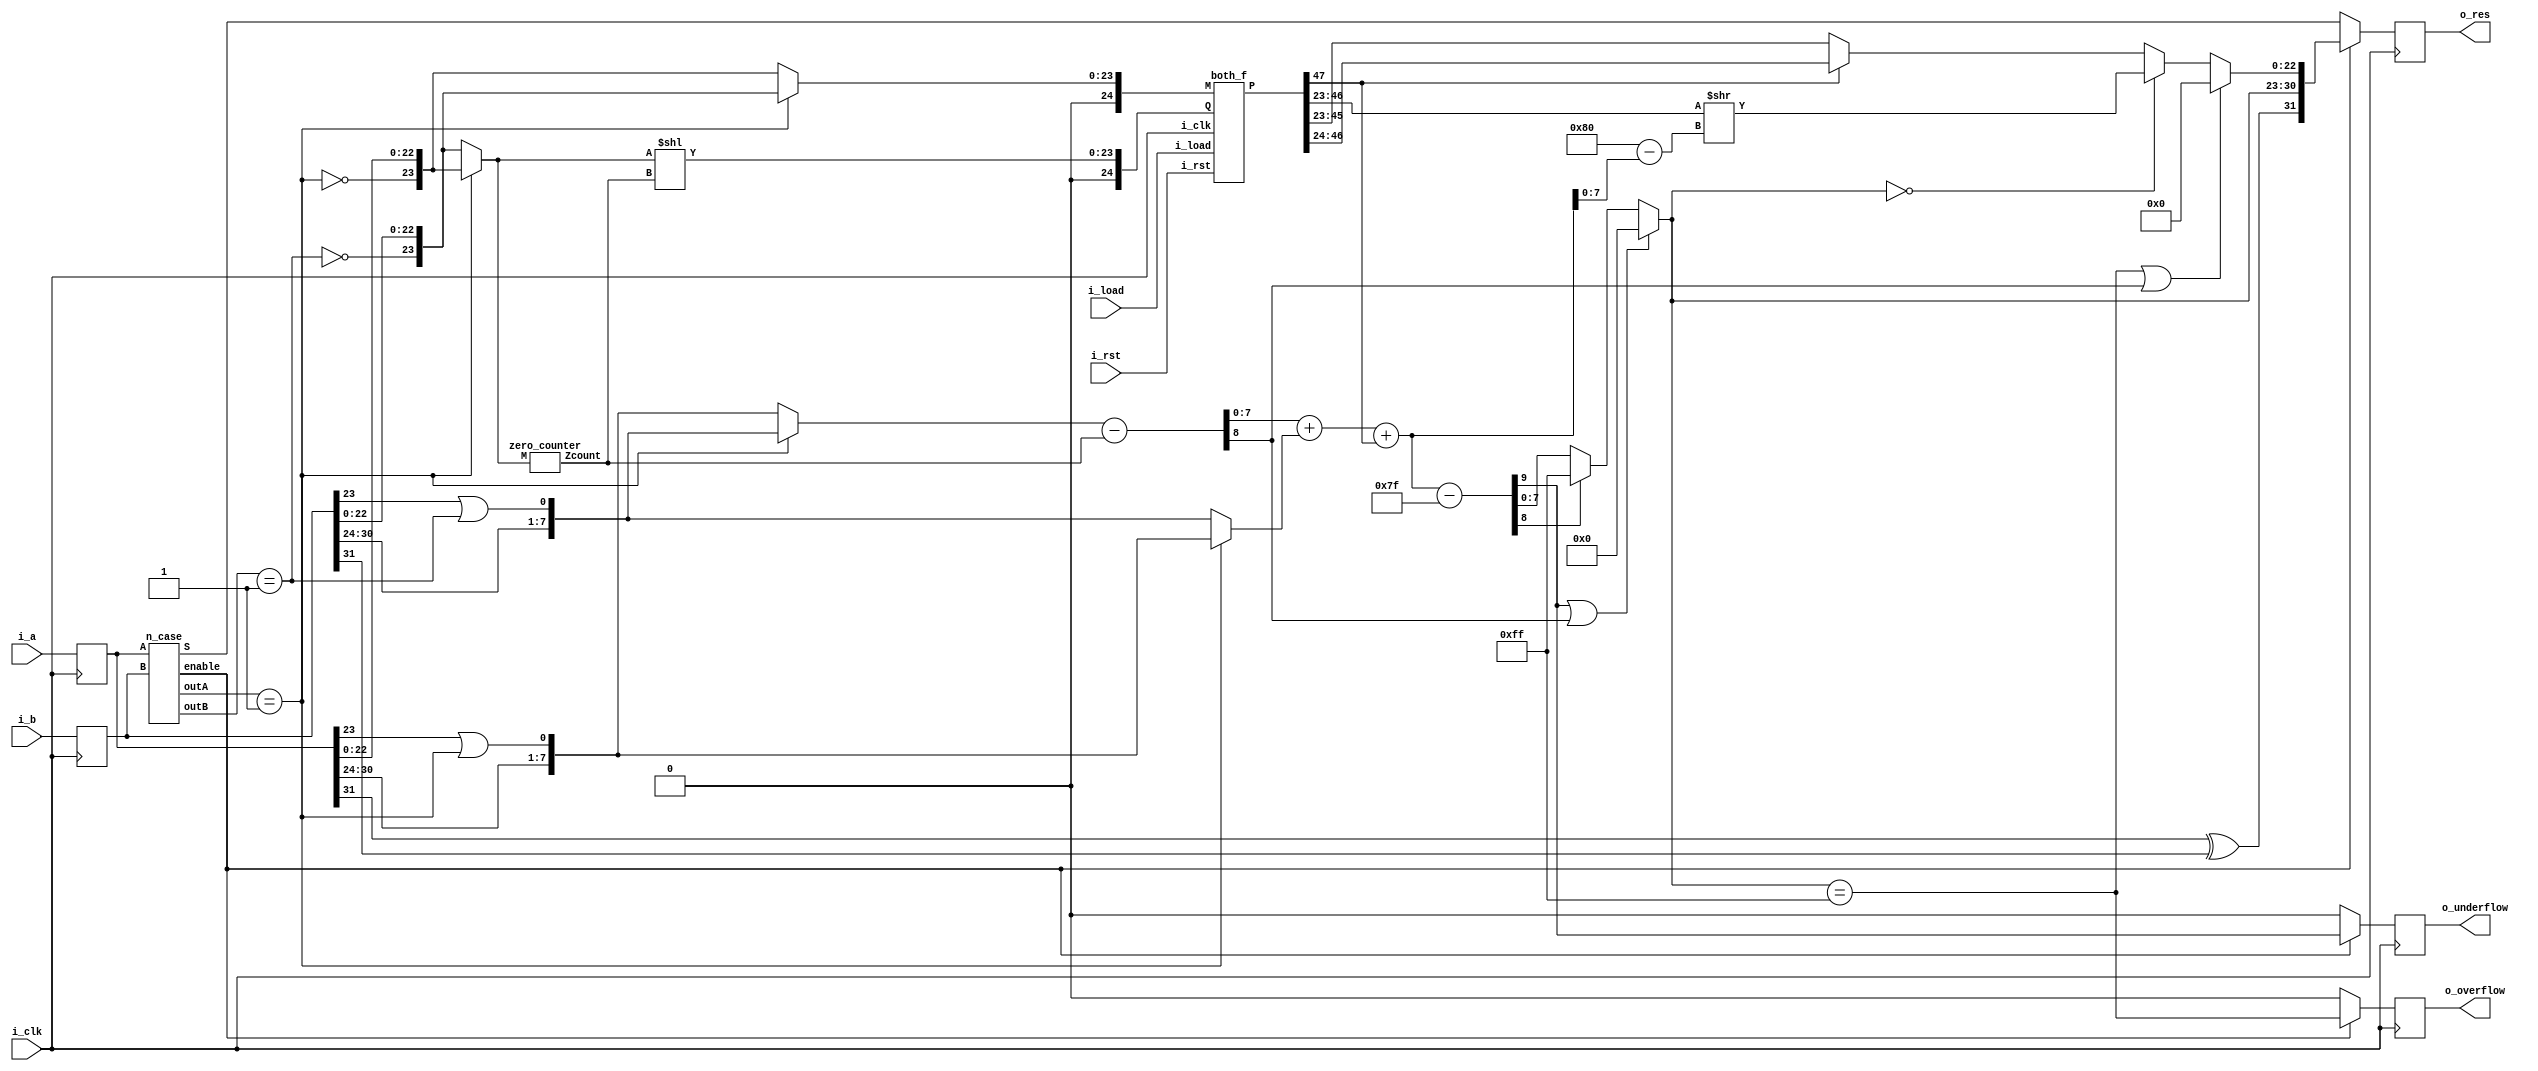
module floating (
    input i_clk,
    input i_rst,
    input i_load,
    input [31:0] i_a,
    input [31:0] i_b,
    output reg [31:0] o_res,
    output reg o_overflow,
    output reg o_underflow
);
  reg [31:0] a, b;
  wire Sa, Sb;
  assign Sa = a[31];  // sign of a
  assign Sb = b[31];  // sign of b

  wire [31:0] res, float_res, special_res;
  wire [2:0] outA, outB;
  wire enable;  // select res from ncase block or from multiplier

  n_case ncase (
      .A(a),
      .B(b),
      .S(special_res),
      .outA(outA),
      .outB(outB),
      .enable(enable)
  );

  wire [31:0] inA, inB;  // inputs with implicit bit and no sign bit, (32 - 1 + 1 = 32) bits
  wire aSubn, bSubn;  // whether each number is subnormal
  assign aSubn = (outA == 3'b001);
  assign bSubn = (outB == 3'b001);

  // add implicit bit and add 1 to the exponent of subn numbers
  // The exponent is incremented because the number will be normalized later
  assign inA   = {a[30:24], a[23] | aSubn, !aSubn, a[22:0]};
  assign inB   = {b[30:24], b[23] | bSubn, !bSubn, b[22:0]};

  wire [7:0] Ea, Eb;

  wire [31:0] subn;
  assign subn = (aSubn) ? inA : inB;  // select which number is subnormal

  wire [4:0] shamt;  // count leading zeros of subnormal number
  zero_counter zcn (
      subn[23:0],
      shamt
  );

  wire zero;
  // mantissa + implicit bits of numbers
  wire [23:0] Na, Nb;
  assign Na = (aSubn) ? inB[23:0] : inA[23:0];
  assign Nb = subn[23:0] << shamt;  // normalize subnormal number

  // if reducing the exponent of a normal number underflowed
  // this means the current case is subn * norm with small power
  // this will result in zero. Underflow is represented in this zero flag
  assign {zero, Ea} = ((aSubn) ? inB[31:24] : inA[31:24]) - shamt;
  assign Eb = (aSubn) ? inA[31:24] : inB[31:24];

  wire [47:0] mult_res;  // multiplier result
  wire [22:0] mult_shft;  // select output if mult carry occurs
  wire [ 7:0] E_res;  // resultant exponent
  wire [8:0] E_sum, E_sub;
  wire [22:0] M_res;  // resultant mantissa
  wire underflow;  // whether exponent addition underflowed
  wire overflow;


  // assign mult_res = Na * Nb;
  both_f mul_unit (
      i_clk,
      i_load,
      i_rst,
      {1'b0, Na},
      {1'b0, Nb},
      mult_res
  );

  assign mult_shft = (mult_res[47]) ? mult_res[46:24] : mult_res[45:23];
  assign E_sum = Ea + Eb + mult_res[47];  // increment in case of carry in multiplication
  // remove offset from exponent sum, offset = 127
  // E = actual exponent + 127
  // therefore E1 + E2 = actualexp1 + actualexp2 + 2*127
  // resultant E = actualexp1 + actualexp2 + 127 = E1 + E2 - 127
  assign {underflow, E_sub} = {1'b0, E_sum} - 10'd127;
  // if overflow in exp set exponent to FFh
  assign E_res = (underflow | zero) ? 8'b0 : (E_sub[8]) ? 8'hff : E_sub[7:0];

  // possible optimizations 2's complement Esub instead of 128 - Esum ??
  // shift max is 24 bits otherwise 0
  wire isFF;
  assign isFF = E_res == 8'hff;
  assign overflow = isFF;
  assign M_res = (isFF | zero) ? 23'b0 : // reached infinity or zero (overflow or underflow) in exp calc
      (E_res == 8'h00)? (mult_res[46:23] >> (8'd128 - E_sum[7:0])) : // reached a subnormal number, need to shift mantissa
      mult_shft;

  // sign is always xor
  assign float_res = {Sa ^ Sb, E_res, M_res};

  assign res = (enable) ? float_res : special_res;
  always @(posedge i_clk) begin
    a <= i_a;
    b <= i_b;
    o_res <= res;
    o_underflow <= (enable) ? underflow : 1'b0;
    o_overflow <= (enable) ? overflow : 1'b0;
  end

endmodule

module n_case (
    A,
    B,
    S,
    outA,
    outB,
    enable
);

  ///defining inputs 
  input [31:0] A, B;

  /// defining outputs 
  output [31:0] S;  /// the output 
  output enable;

  /// defining utility wires  
  output [2:0] outA, outB;
  wire [7:0] EA, EB, ES;  /// ES is the Exp of the output
  wire [22:0] MA, MB, MS;
  wire SA, SB, SS;  /// SS is the sign of the output     

  /// applying logic 

  ///assigning the sign bits
  assign SA = A[31];
  assign SB = B[31];

  /// assigning the Exponents 
  assign EA = A[30:23];
  assign EB = B[30:23];

  /// assinging the mantessa ; 
  assign MA = A[22:0];
  assign MB = B[22:0];

  /// ternary on the outA 
  assign outA = (EA == 8'h00 && MA == 23'b0) ? 3'b000 :  // zero
      (EA == 8'h00 && MA > 23'b0) ? 3'b001 :  // subn
      (EA > 8'h00 && EA < 8'hFF && MA > 23'b0) ? 3'b011 :  // n  
      (EA == 8'hFF && MA == 23'b0) ? 3'b100 :  /// infinity
      (EA == 8'hFF && MA > 23'b0) ? 3'b110 :  /// NAN
      3'b011;

  /// ternary on the outA 
  assign outB = (EB == 8'h00 && MB == 23'b0) ? 3'b000 :  // zero
      (EB == 8'h00 && MB > 23'b0) ? 3'b001 :  // subn
      (EB > 8'h00 && EB < 8'hFF && MB > 23'b0) ? 3'b011 :  // n
      (EB == 8'hFF && MB == 23'b0) ? 3'b100 :  /// infinity
      (EB == 8'hFF && MB > 23'b0) ? 3'b110 :  ///NAN
      3'b011;

  /// if not normal or subnormal
  assign enable = (outA[0] & outB[0]);


  ///applying the logic of the S

  /// assigning the SS
  assign SS = (outA == 3'b110 | outB == 3'b110) ? 1'b1 :  //nan
      ((outA == 3'b100) & (outB == 3'b000)) ? 1'b1 :  //nan
      ((outB == 3'b100) & (outA == 3'b000)) ? 1'b1 :  //nan 
      SA ^ SB;

  /// assigning the ES
  assign ES = (outA == 3'b110 | outB == 3'b110) ? 8'hff :  //nan
      ((outA == 3'b100) & (outB == 3'b000)) ? 8'hff :  //nan
      ((outB == 3'b100) & (outA == 3'b000)) ? 8'hff :  //nan
      ((outA == 3'b100) | (outB == 3'b100)) ? 8'hff :  //inf
      ((outA == 3'b000) | (outB == 3'b000)) ? 8'h00 :  //zero
      8'hff;  /// else set it to ff for any uncovered case. 

  /// assigning the MS
  assign MS = (outA == 3'b110 | outB == 3'b110) ? 23'b111_1111_1111_1111_1111_1111 :  //nan
      ((outA == 3'b100) & (outB == 3'b000)) ? 23'b111_1111_1111_1111_1111_1111 :  //nan
      ((outB == 3'b100) & (outA == 3'b000)) ? 23'b111_1111_1111_1111_1111_1111 :  //nan
      ((outA == 3'b100) | (outB == 3'b100)) ? 23'b0 :  //inf
      ((outA == 3'b000) | (outB == 3'b000)) ? 23'b0 :  //zero
      23'b111_1111_1111_1111_1111_1111;  /// else set it to 1's for any uncovered case. 

  /// concatinating the wires to the real output.
  assign S = {SS, ES, MS};

endmodule


module zero_counter (
    input  [23:0] M,
    output [ 4:0] Zcount
);
  wire [23:0] Z;
  assign Z = 24'b0;
  assign Zcount =  M[23:0]  == Z[23:0] ? 5'h18 : 
				 M[23:1]  == Z[23:1] ? 5'h17 :
				 M[23:2]  == Z[23:2] ? 5'h16 :
				 M[23:3]  == Z[23:3] ? 5'h15 :
				 M[23:4]  == Z[23:4] ? 5'h14 :
				 M[23:5]  == Z[23:5] ? 5'h13 :
				 M[23:6]  == Z[23:6] ? 5'h12 :
				 M[23:7]  == Z[23:7] ? 5'h11 :
				 M[23:8]  == Z[23:8] ? 5'h10 :
				 M[23:9]  == Z[23:9] ? 5'hf :
				 M[23:10] == Z[23:10] ? 5'he :
				 M[23:11] == Z[23:11] ? 5'hd :
				 M[23:12] == Z[23:12] ? 5'hc :
				 M[23:13] == Z[23:13] ? 5'hb :
				 M[23:14] == Z[23:14] ? 5'ha :
				 M[23:15] == Z[23:15] ? 5'h9 :
				 M[23:16] == Z[23:16] ? 5'h8 :
				 M[23:17] == Z[23:17] ? 5'h7 :
				 M[23:18] == Z[23:18] ? 5'h6 :
				 M[23:19] == Z[23:19] ? 5'h5 :
				 M[23:20] == Z[23:20] ? 5'h4 :
				 M[23:21] == Z[23:21] ? 5'h3 :
				 M[23:22] == Z[23:22] ? 5'h2 :
				 M[23]    == Z[23] ? 5'h1 : 5'h0;

endmodule

module both_f (
    // control signals
    input i_clk,
    input i_load,
    input i_rst,

    //inputs
    input [24:0] M,
    input [24:0] Q,

    //outputs
    output reg [47:0] P

);

  reg [24:0] A = 25'b0;
  reg Q_minus_one = 0;
  reg [24:0] Q_temp = 25'b0;
  reg [24:0] M_temp = 25'b0;
  reg [4:0] Count = 5'b0;



  always @(posedge i_clk) begin
    if (i_rst == 1) begin
      A           = 25'b0;  //reset values
      Q_minus_one = 0;
      P           = 50'b0;
      Q_temp      = 25'b0;
      M_temp      = 25'b0;
      Count       = 5'd25;
    end else if (i_load == 1) begin
      Q_temp = Q;
      M_temp = M;
    end else if ((Q_temp[0] == Q_minus_one) && (Count > 5'd0)) begin
      Q_minus_one = Q_temp[0];
      Q_temp      = {A[0], Q_temp[24:1]};  // right shift Q							
      A           = {A[24], A[24:1]};  // right shift A	
      Count       = Count - 1'b1;
    end else if ((Q_temp[0] == 0 && Q_minus_one == 1) && (Count > 5'd0)) begin
      A           = A + M_temp;
      Q_minus_one = Q_temp[0];
      Q_temp      = {A[0], Q_temp[24:1]};  // right shift Q
      A           = {A[24], A[24:1]};  // right shift A
      Count       = Count - 1'b1;
    end else if ((Q_temp[0] == 1 && Q_minus_one == 0) && (Count > 5'd0)) begin
      A           = A - M_temp;
      Q_minus_one = Q_temp[0];
      Q_temp      = {A[0], Q_temp[24:1]};  // right shift Q
      A           = {A[24], A[24:1]};  // right shift A
      Count       = Count - 1'b1;
    end
    P = {A, Q_temp};
  end

endmodule